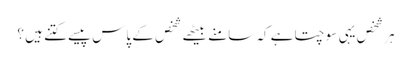
ہر شخص یہی سوچتا ہے کہ سامنے بیٹھے شخص کے پاس پیسے کتنے ہیں ؟